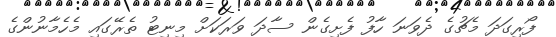
ފޯރިގަދަ މެޗުގެ ދެވަނަ ހާފު ފެށިގެން ސާދަ ވަރަކަށް މިނިޓު ތެރޭގައި މެހެމާނުންގެ